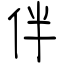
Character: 伴